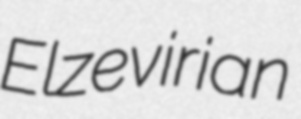
Elzevirian